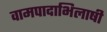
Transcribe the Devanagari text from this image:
वामपादाभिलाषी